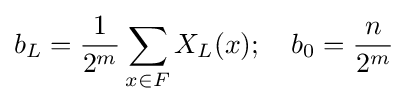
b_{L}={\frac {1}{2^{m}}}\sum _{x\in F}X_{L}(x);\quad b_{0}={\frac {n}{2^{m}}}